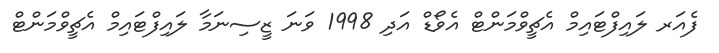
ފެއަރ ލައިފްޓައިމް އެޗީވްމަންޓް އެވޯޑް އަދި 1998 ވަނަ ޒީސިނަމާ ލައިފްޓައިމް އެޗީވްމަންޓް